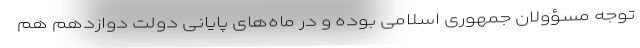
توجه مسؤولان جمهوری اسلامی بوده و در ماه‌های پایانی دولت دوازدهم هم